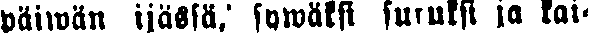
päiwän ijässä, sywäksi suruksi ja kai-